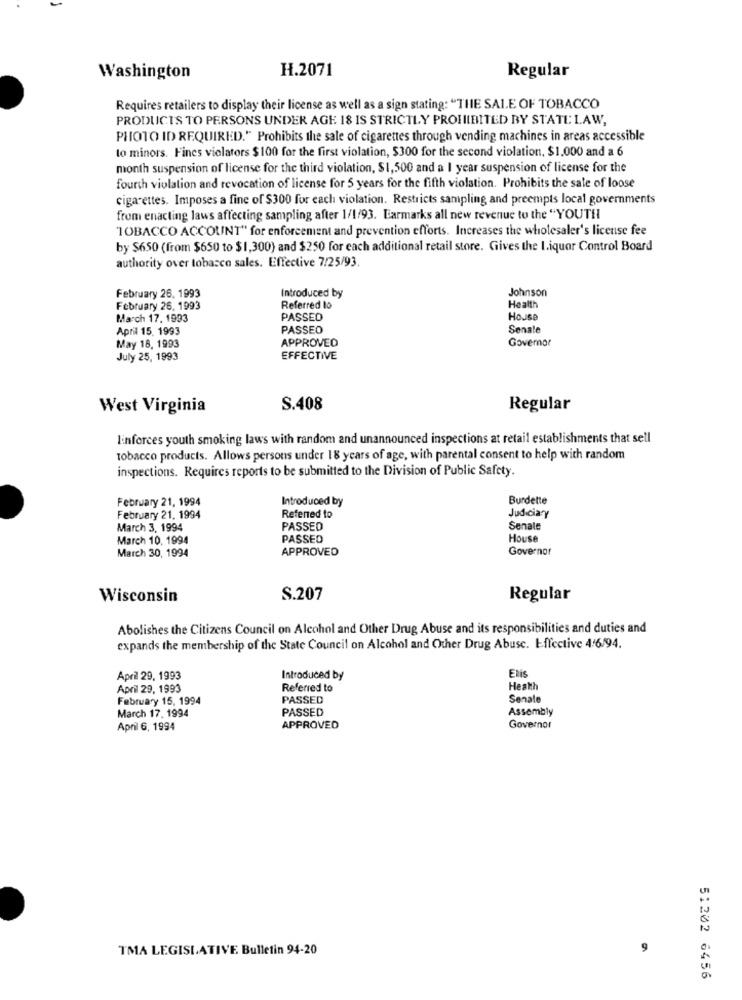
H.2071
Regular
Washington
Requires retailers to display their license as well as a sign stating: "THE SALE OF TOBACCO
PRODUCTS TO PERSONS UNDER AGE 18 IS STRICTLY PROHIBITED BY STATE LAW,
PHOTO ID REQUIRED." Prohibits the sale of cigarettes through vending machines in areas accessible
to minors. Fines violators $100 for the first violation, $300 for the second violation, $1,000 and a 6
month suspension of license for the third violation, $1,500 and a I year suspension of license for the
fourth violation and revocation of license for 5 years for the fifth violation. Prohibits the sale of loose
cigarettes. Imposes a fine of $300 for each violation. Restricts sampling and preempts local governments
from enacting laws affecting sampling after 1/1/93. Barmarks all new revenue to the "YOUTH
"TOBACCO ACCOUNT" for enforcement and prevention efforts. Increases the wholesaler's license fee
by $650 (from $650 to $1,300) and $250 for each additional retail store. Gives the I.iquer Control Board
authority over tobacco sales. Effective 7/25/93.
Johnson
February 26. 1993
Introduced by
February 26, 1993
Referred to
Health
March 17. 1993
PASSED
House
April 15, 1993
PASSEO
Senate
Governor
May 18, 1993
APPROVED
July 25, 1993
EFFECTIVE
West Virginia
S.408
Regular
linforces youth smoking laws with random and unannounced inspections at retail establishments that sell
Tobacco products. Allows persons under 18 years of age, with parental consent to help with random
inspections. Requires reports to be submitted to the Division of Public Safety.
February 21, 1994
Introduced by
Burdette
February 21. 1994
Referred to
Judiciary
March 3, 1994
PASSED
Senale
March 10, 1994
PASSED
House
March 30, 1994
APPROVED
Governor
Wisconsin
S.207
Regular
Abolishes the Citizens Council on Alcohol and Other Drug Abuse and its responsibilities and duties and
expands the membership of the State Council on Alcohol and Other Drug Abuse. Effective 4/6/94.
April 29, 1993
Introduced by
Elis
April 29, 1993
Referred to
Health
February 15, 1994
PASSED
Senale
March 17, 1994
PASSED
Assembly
April 6, 1994
APPROVED
Governor
TMA LEGISLATIVE Bulletin 94-20
9
51202 6456